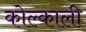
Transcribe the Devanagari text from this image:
कोल्काली